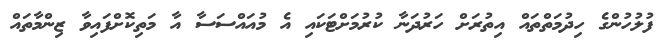
ފުލުހުންގެ ހިދުމަތްތައް އިތުރަށް ހަރުދަނާ ކުރުމަށްޓަކައި އެ މުއައްސަސާ އާ މަތިކޮށްފައިވާ ޒިންމާތައް